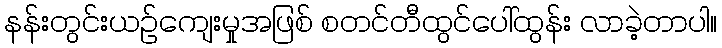
နန်းတွင်းယဉ်ကျေးမှုအဖြစ် စတင်တီထွင်ပေါ်ထွန်း လာခဲ့တာပါ။